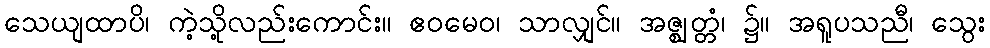
သေယျထာပိ၊ ကဲ့သို့လည်းကောင်း။ ဧဝမေဝ၊ သာလျှင်။ အဇ္ဈတ္တံ၊ ၌။ အရူပသညီ၊ သွေး